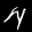
Label: 4